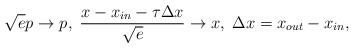
LaTeX: \begin{align*}{\sqrt {e}}p\rightarrow p, \; \frac{x-x_{in}-\tau{\Delta x}}{\sqrt e} \rightarrow x,\; {\Delta x}=x_{out}-x_{in},\\\end{align*}